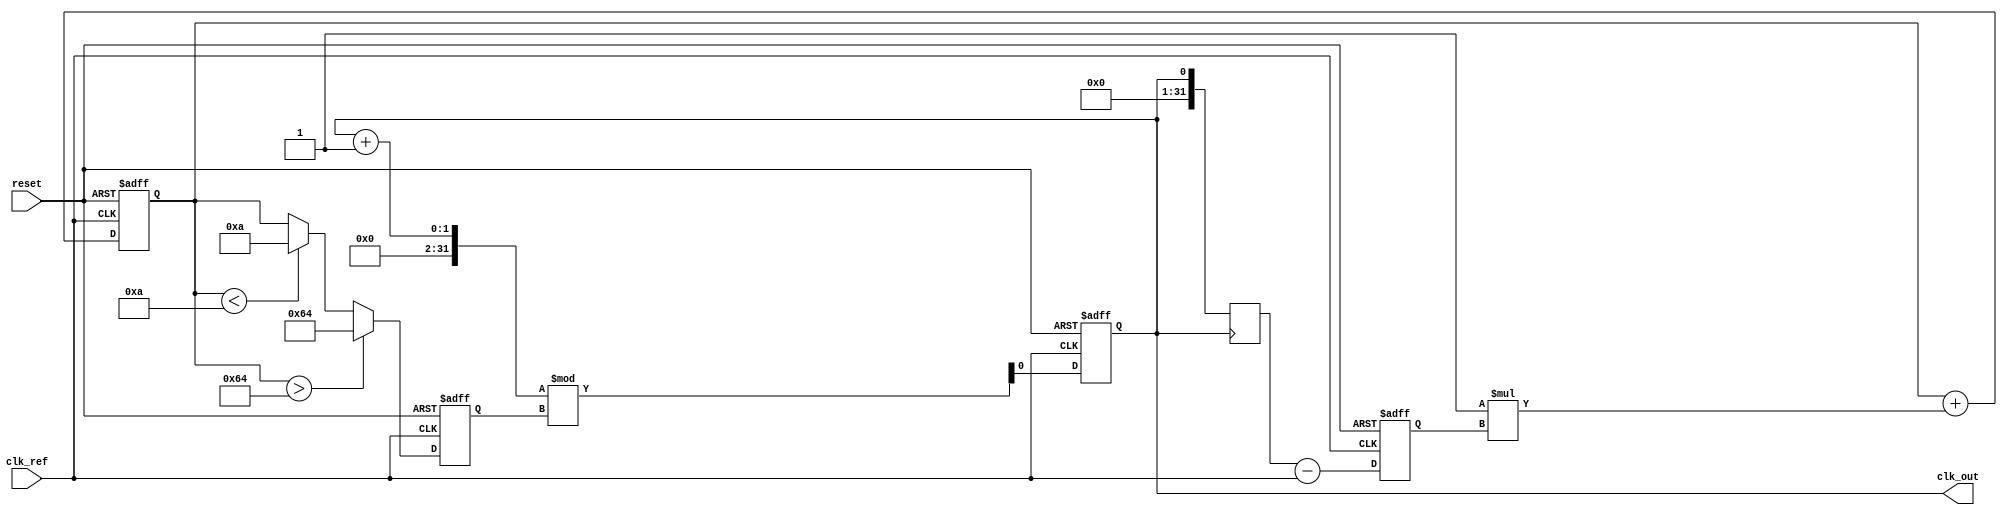
module continuous_time_pll (
    input wire clk_ref,          // Reference clock input
    input wire reset,            // Asynchronous reset
    output reg clk_out           // Output clock
);

    // Parameters for the PLL
    parameter integer VCO_MAX_FREQ = 100; // Maximum frequency of VCO
    parameter integer VCO_MIN_FREQ = 10;   // Minimum frequency of VCO
    parameter integer FILTER_GAIN = 1;      // Loop filter gain

    // Internal signals
    reg [31:0] phase_error;     // Phase error signal
    reg [31:0] vco_control;      // Control voltage for VCO
    reg [31:0] vco_freq;         // Current frequency of VCO
    reg [31:0] feedback_signal;   // Feedback signal from VCO

    // Phase Detector (PD)
    always @(posedge clk_ref or posedge reset) begin
        if (reset) begin
            phase_error <= 32'b0;
        end else begin
            // Simple phase error calculation (for demonstration)
            phase_error <= feedback_signal - clk_ref;
        end
    end

    // Loop Filter
    always @(posedge clk_ref or posedge reset) begin
        if (reset) begin
            vco_control <= 32'b0;
        end else begin
            // Simple first-order loop filter (for demonstration)
            vco_control <= vco_control + (FILTER_GAIN * phase_error);
        end
    end

    // Voltage-Controlled Oscillator (VCO)
    always @(posedge clk_ref or posedge reset) begin
        if (reset) begin
            vco_freq <= VCO_MIN_FREQ;
            clk_out <= 1'b0;
        end else begin
            // Simple VCO model (for demonstration)
            if (vco_control > VCO_MAX_FREQ) begin
                vco_freq <= VCO_MAX_FREQ;
            end else if (vco_control < VCO_MIN_FREQ) begin
                vco_freq <= VCO_MIN_FREQ;
            end else begin
                vco_freq <= vco_control;
            end
            
            // Generate output clock based on VCO frequency
            clk_out <= (clk_out + 1) % vco_freq; // Simple clock divider for output generation
        end
    end

    // Feedback mechanism - assumes feedback is direct for simplicity
    always @(posedge clk_out) begin
        feedback_signal <= clk_out; // Feedback the output clock
    end

endmodule